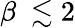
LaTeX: \beta\ \lesssim 2